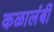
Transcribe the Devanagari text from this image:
कळालंबी